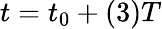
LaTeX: t=t_{0}+(3)T